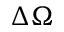
\Delta \Omega